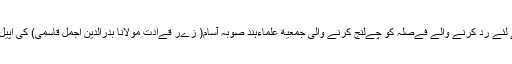
) مےں اندراج کے لئے رد کرنے والے فےصلہ کو چےلنج کرنے والی جمعیة علماءہند صوبہ آسام( زےر قےادت مولانا بدرالدین اجمل قاسمی) کی اپیل پر سماعت ہوئی ۔